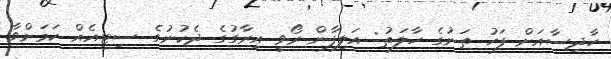
ހާދިސާއަށް ފަހު ތަނުގެ ހާލަތު: އަލިފާން ރޯވީ އިރާގުގެ ދެކުނުގެ ސިޓީއެއް ކަމަށްވާ